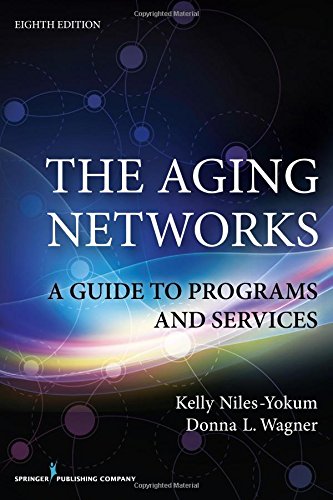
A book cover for The Aging Networks, 8th Edition: A Guide to Programs and Services; Kelly Niles-Yokum PhD  MPA; Politics & Social Sciences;